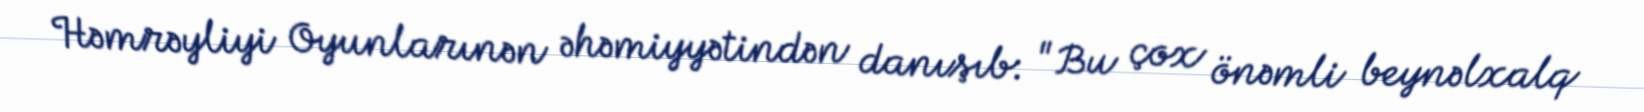
Həmrəyliyi Oyunlarınən əhəmiyyətindən danışıb: "Bu çox önəmli beynəlxalq